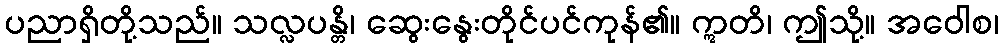
ပညာရှိတို့သည်။ သလ္လပန္တိ၊ ဆွေးနွေးတိုင်ပင်ကုန်၏။ ဣတိ၊ ဤသို့။ အဝေါစ၊